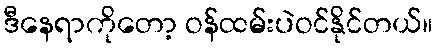
ဒီနေရာကိုတော့ ဝန်ထမ်းပဲဝင်နိုင်တယ်။